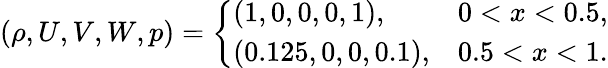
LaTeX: (\rho,U,V,W,p)=\left\{ \begin{array}{ll}{(1,0,0,0,1),}&{0<x<0.5,}\\ {(0.125,0,0,0.1),}&{0.5<x<1.}\end{array}\right.